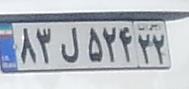
۸۳ل۵۲۴۲۲